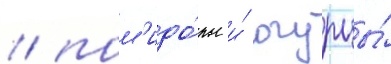
/ пом'идо́ры и́ огурцы́